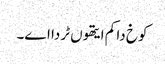
کوخ دا کم ایتھوں ٹردا اے۔